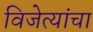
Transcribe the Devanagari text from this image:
विजेत्यांचा